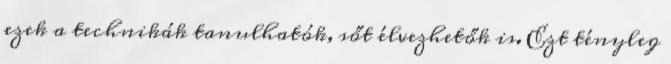
ezek a technikák tanulhatók, sőt élvezhetők is. Ezt tényleg